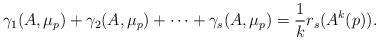
LaTeX: \begin{align*}\gamma_1(A,\mu_p)+\gamma_2(A,\mu_p)+\cdots +\gamma_s(A,\mu_p)&= \frac{1}{k} r_s(A^k(p)). \end{align*}